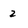
Character: 2